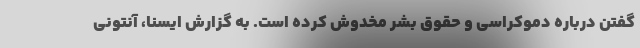
گفتن درباره دموکراسی و حقوق بشر مخدوش کرده است. به گزارش ایسنا، آنتونی